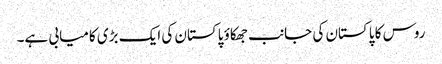
روس کا پاکستان کی جانب جھکاؤ پاکستان کی ایک بڑی کامیابی ہے۔